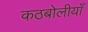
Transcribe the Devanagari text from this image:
कठबोलीयाँ